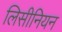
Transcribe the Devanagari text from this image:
लिसीनियन